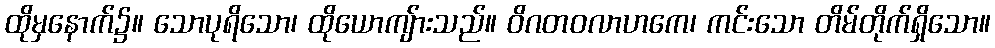
ထိုမှနောက်၌။ သောပုရိသော၊ ထိုယောကျ်ားသည်။ ဝိဂတဝလာဟကေ၊ ကင်းသော တိမ်တိုက်ရှိသော။